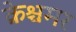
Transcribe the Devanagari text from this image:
क्रेश्चमर